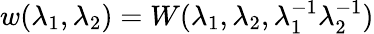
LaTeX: w(\lambda_{1},\lambda_{2})=W(\lambda_{1},\lambda_{2},\lambda_{1}^{-1}\lambda_{2}^{-1})